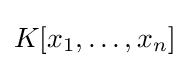
K[x_{1},\dots ,x_{n}]